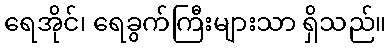
ရေအိုင်၊ ရေခွက်ကြီးများသာ ရှိသည်။